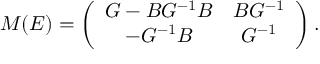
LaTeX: M ( E ) = \left( \begin{array} { c c } { { G - B G ^ { - 1 } B } } & { { B G ^ { - 1 } } } \\ { { - G ^ { - 1 } B } } & { { G ^ { - 1 } } } \end{array} \right) .